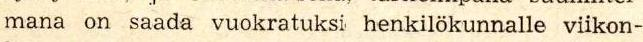
mana on saada vuokratuksi henkilökunnalle viikon-